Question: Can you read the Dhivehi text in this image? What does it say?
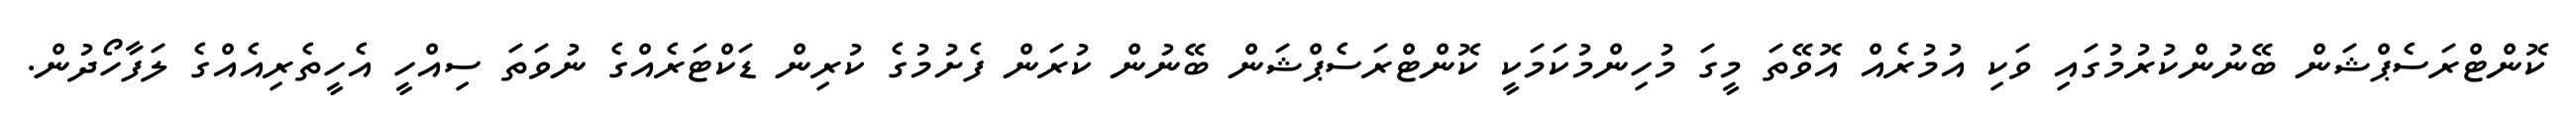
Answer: ކޮންޓްރަސެޕްޝަން ބޭނުންކުރުމުގައި ވަކި އުމުރެއް އޮވޭތަ މީގަ މުހިންމުކަމަކީ ކޮންޓްރަސެޕްޝަން ބޭނުން ކުރަން ފެށުމުގެ ކުރިން ޑަކްޓަރެއްގެ ނުވަތަ ސިއްހީ އެހީތެރިއެއްގެ ލަފާހޯދުން.